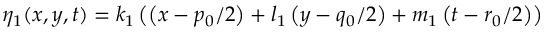
\eta _ { 1 } ( x , y , t ) = k _ { 1 } \left( \left( x - { p _ { 0 } } / { 2 } \right) + l _ { 1 } \left( y - { q _ { 0 } } / { 2 } \right) + m _ { 1 } \left( t - { r _ { 0 } } / { 2 } \right) \right)